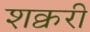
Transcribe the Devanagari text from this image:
शक्वरी